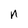
Character: n